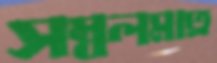
সম্বলমাত্র